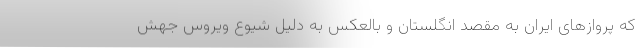
که پروازهای ایران به مقصد انگلستان و بالعکس به دلیل شیوع ویروس جهش